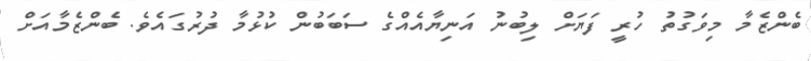
ބެންޒެމާ މިވަގުތު ހުރީ ފަޔަށް ލިބުނު އަނިޔާއެއްގެ ސަބަބުން ކުޅުމާ ދުރުގައެވެ. ބެންޒެމާއަށް